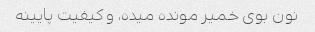
نون بوی خمیر مونده میده، و کیفیت پایینه